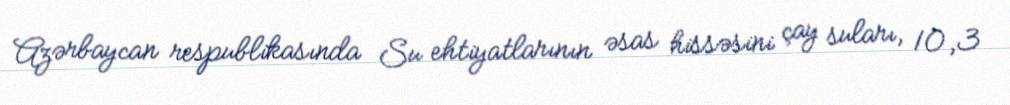
Azərbaycan respublikasında Su ehtiyatlarının əsas hissəsini çay suları, 10,3